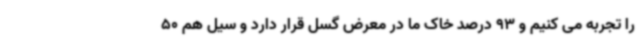
را تجربه می کنیم و 93 درصد خاک ما در معرض گسل قرار دارد و سیل هم 50